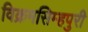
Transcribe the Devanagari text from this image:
विक्रमसिम्‍हपुरी